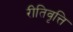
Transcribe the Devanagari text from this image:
रीतिवृत्ति